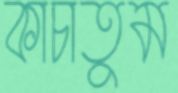
কাচাতুম